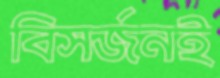
বিসর্জনই